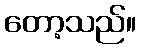
တော့သည်။